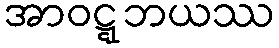
အာဝဋ္ဋဘယဿ